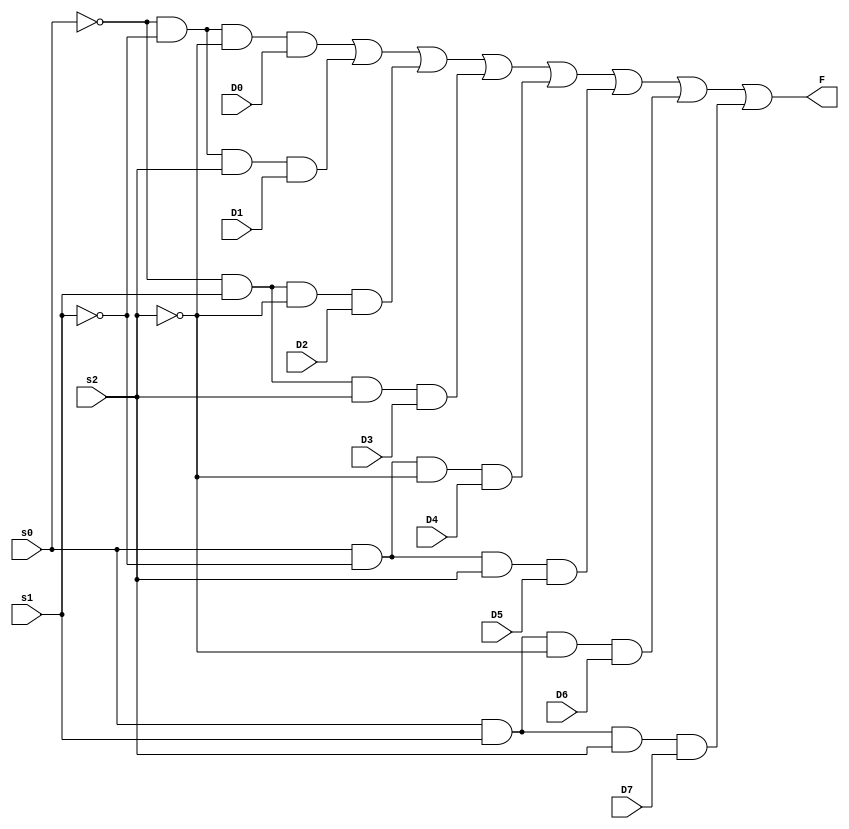
module mux8(input D0, D1, D2, D3, D4, D5, D6, D7,
input s0,s1,s2,
output F);
wire [11:0]t;

not(t[0], s0); //t0 not of s0
not(t[1], s1); //t1 not of s1
not(t[2], s2); //t2 not of s2

and(t[4], t[0], t[1], t[2], D0);
and(t[5], t[0], t[1], s2, D1);
and(t[6], t[0], s1, t[2], D2);
and(t[7], t[0], s1, s2, D3);
and(t[8], s0, t[1], t[2], D4);
and(t[9], s0, t[1], s2, D5);
and(t[10], s0, s1, t[2], D6);
and(t[11], s0, s1, s2, D7);

or(F, t[4], t[5], t[6], t[7], t[8], t[9], t[10], t[11]);

endmodule